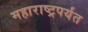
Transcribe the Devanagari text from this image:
महाराष्ट्रपर्यंत